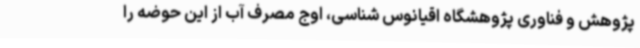
پژوهش و فناوری پژوهشگاه اقیانوس شناسی، اوج مصرف آب از این حوضه را